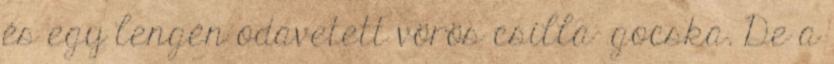
és egy lengén odavetett vörös csilla- gocska. De a